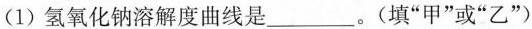
(1)氢氧化钠溶解度曲线是___。(填”甲”或”乙”)